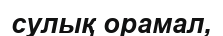
сулық орамал,